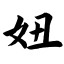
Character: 妞